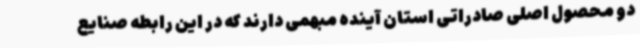
دو محصول اصلی صادراتی استان آینده مبهمی دارند که در این رابطه صنایع